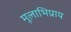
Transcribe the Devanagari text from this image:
मूलाभिप्राय